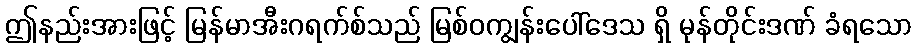
ဤနည်းအားဖြင့် မြန်မာအီးဂရက်စ်သည် မြစ်ဝကျွန်းပေါ်ဒေသ ရှိ မုန်တိုင်းဒဏ် ခံရသော